Lunatic asylums Central Provinces reports 1895-1909 - 1895-1909
Year: 1895
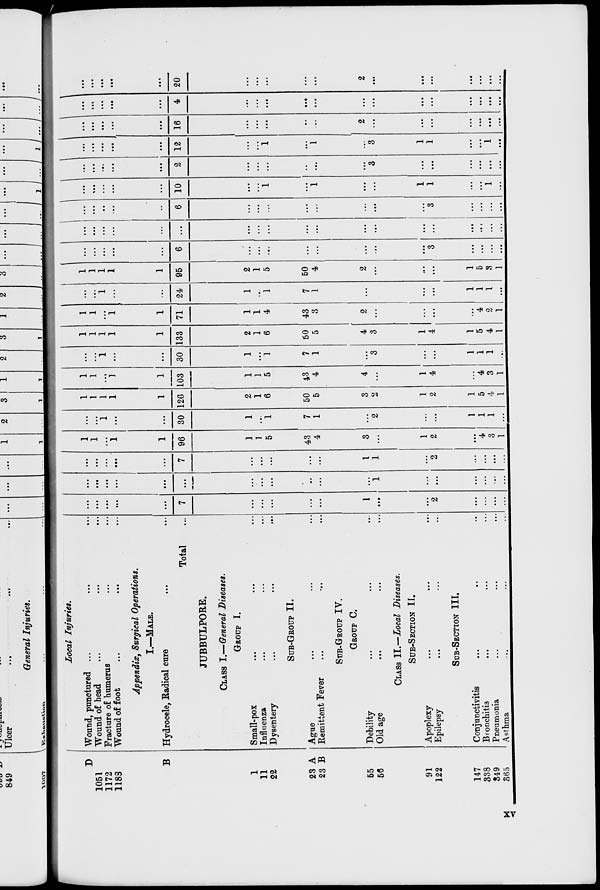
D
1051
1172
1183
B
1
11
22
23 A
23 B
55
56
91
122
147
338
349
365
Local Injuries.
Wound, punctured ...
...
...
Wound of head
...
...
...
Fracture of humerus
...
...
Wound of foot
...
...
...
Appendix, Surgical Operations.
I.—MALE.
Hydrocele, Radical cure
...
...
Total
...
JUBBULPORE.
CLASS I.—General Diseases.
GROUP I.
Small-pox
...
...
...
Influenza
...
...
...
Dysentery
...
...
...
SUB-GROUP II.
Ague
...
...
...
Remittent Fever
...
...
...
SUB-GROUP IV.
GROUP C.
Debility ... ... ...
Old age
...
...
...
CLASS II.—Local Diseases.
SUB-SECTION II.
Apoplexy ... ... ...
Epilepsy
...
...
...
SUB-SECTION III.
Conjunctivitis ... ... ...
Bronchitis
...
...
...
Pneumonia
...
...
...
Asthma
... ... ...
...
...
...
...
...
7
...
...
...
...
...
1
...
...
2
...
...
...
...
...
...
...
...
...
...
...
...
...
...
...
...
1
...
...
...
...
...
...
...
...
...
...
...
7
...
...
...
...
...
1
1
...
2
...
...
...
...
1
1
...
1
1
96
1
1
5
43
4
3
...
1
2
...
4
3
1
...
...
1
...
...
30
1
...
1
7
1
...
2
...
...
1
1
1
...
1
1
1
1
1
126
2
1
6
50
5
3
2
1
2
1
5
4
1
1
1
...
1
1
103
1
1
5
43
4
4
...
1
4
...
4
3
1
...
...
1
...
...
30
1
...
1
7
1
...
3
...
...
1
1
1
...
1
1
1
1
1
133
2
1
6
50
5
4
3
1
4
1
5
4
1
1
1
...
1
1
71
1
1
4
43
3
2
...
...
...
...
4
2
1
...
...
1
...
...
24
1
...
1
7
1
...
...
...
...
1
1
1
...
1
1
1
1
1
95
2
1
5
50
4
2
...
...
...
1
5
3
1
...
...
...
...
...
6
...
...
...
...
...
...
...
...
3
...
...
...
...
...
...
...
...
...
...
...
...
...
...
...
...
...
...
...
...
...
...
...
...
...
...
...
...
6
...
...
...
...
...
...
...
...
3
...
...
...
...
...
...
...
...
...
10
...
...
1
...
1
...
...
1
1
...
...
1
...
...
...
...
...
...
2
...
...
...
...
...
...
3
...
...
...
...
...
...
...
...
...
...
...
12
...
...
1
...
1
...
3
1
1
...
...
1
...
...
...
...
...
...
16
...
...
...
...
...
2
...
...
...
...
...
...
...
...
...
...
...
...
4
...
...
...
...
...
...
...
...
...
...
...
...
...
...
...
...
...
...
20
...
...
...
...
...
2
...
...
...
...
...
...
...
xv